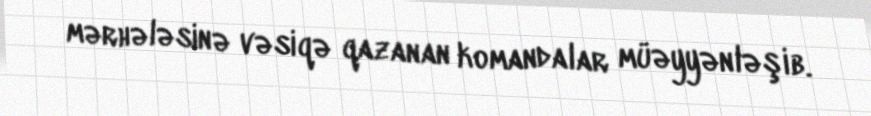
mərhələsinə vəsiqə qazanan komandalar müəyyənləşib.